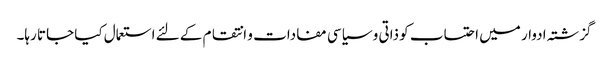
گزشتہ ادوار میں احتساب کو ذاتی و سیاسی مفادات و انتقام کے لئے استعمال کیا جاتا رہا۔